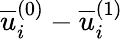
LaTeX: \overline{{u}}_{i}^{(0)}-\overline{{u}}_{i}^{(1)}